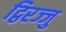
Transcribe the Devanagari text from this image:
द्विरज्जु